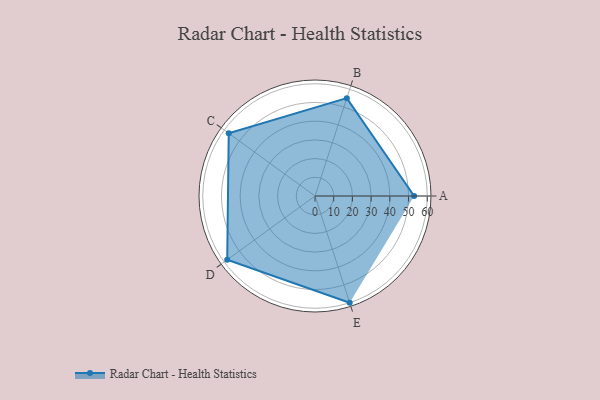
{"axis": {"x": "Skill", "y": "Score"}, "legend": ["Profile"], "data": [{"x": "A", "y": 53.0, "type": "Profile"}, {"x": "B", "y": 55.0, "type": "Profile"}, {"x": "C", "y": 57.0, "type": "Profile"}, {"x": "D", "y": 58.0, "type": "Profile"}, {"x": "E", "y": 60.0, "type": "Profile"}]}